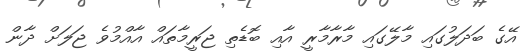
އޭގެ ބަދަލުގައި މާލޭގައި މާރާމާރީ އާއި ބޮޑެތި ޖަރީމާތައް އާއްމުވެ ޖަލަށް ދާން